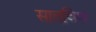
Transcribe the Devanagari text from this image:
सातविण